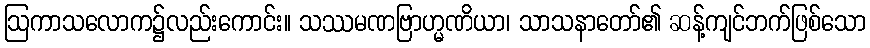
ဩကာသလောက၌လည်းကောင်း။ သဿမဏဗြာဟ္မဏိယာ၊ သာသနာတော်၏ ဆန့်ကျင်ဘက်ဖြစ်သော